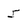
Character: 5